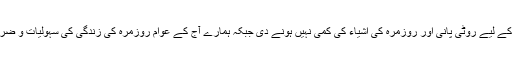
فرق صرف اتنا ہے کہ مغلوں نے عوام کے لیے روٹی پانی اور روزمرہ کی اشیاء کی کمی نہیں ہونے دی جبکہ ہمارے آج کے عوام روزمرہ کی زندگی کی سہولیات و ضروریات سے بتدریج محروم ہو رہے ہیں۔